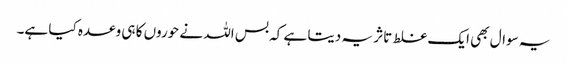
یہ سوال بھی ایک غلط تاثر یہ دیتا ہے کہ بس اللہ نے حوروں کا ہی وعدہ کیا ہے۔